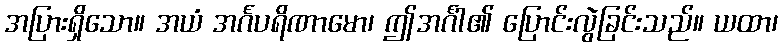
အပြားရှိသော။ အယံ အင်္ဂပရိဏာမော၊ ဤအင်္ဂါ၏ ပြောင်းလွဲခြင်းသည်။ ယထာ၊